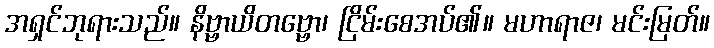
အရှင်ဘုရားသည်။ နိဗ္ဗာယိတဗ္ဗော၊ ငြိမ်းစေအပ်၏။ မဟာရာဇ၊ မင်းမြတ်။